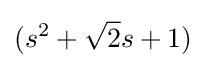
(s^{2}+{\sqrt {2}}s+1)